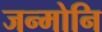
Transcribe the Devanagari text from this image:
जन्मोनि